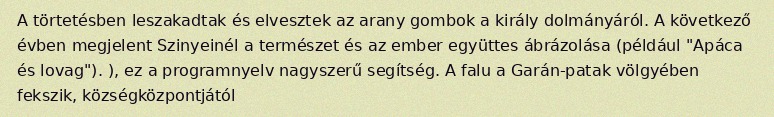
A törtetésben leszakadtak és elvesztek az arany gombok a király dolmányáról. A következő évben megjelent Szinyeinél a természet és az ember együttes ábrázolása (például "Apáca és lovag"). ), ez a programnyelv nagyszerű segítség. A falu a Garán-patak völgyében fekszik, községközpontjától